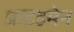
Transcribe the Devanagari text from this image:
फ्रइडमेन